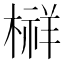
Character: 𰘔